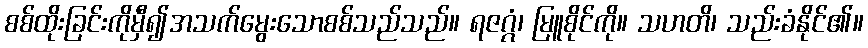
စစ်ထိုးခြင်းကိုမှီ၍အသက်မွေးသောစစ်သည်သည်။ ရဇဂ္ဂံ၊ မြူစိုင်ကို။ သဟတိ၊ သည်းခံနိုင်၏။